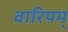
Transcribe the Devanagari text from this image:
वारियम्